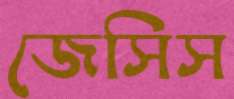
জেসিস